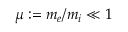
\mu : = m _ { e } / m _ { i } \ll 1